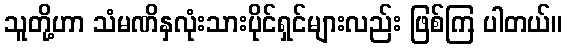
သူတို့ဟာ သံမဏိနှလုံးသားပိုင်ရှင်များလည်း ဖြစ်ကြ ပါတယ်။